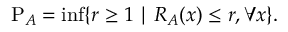
\mathrm { P } _ { A } = \operatorname* { i n f } \{ r \geq 1 \mid R _ { A } ( x ) \leq r , \forall x \} .